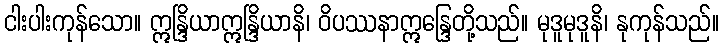
ငါးပါးကုန်သော။ ဣန္ဒြိယာဣန္ဒြိယာနိ၊ ဝိပဿနာဣန္ဒြေတို့သည်။ မုဒူမုဒူနိ၊ နုကုန်သည်။